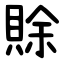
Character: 賖